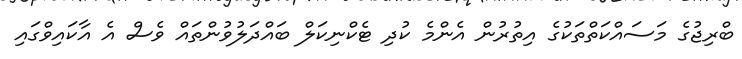
ބްރިޖުގެ މަސައްކަތްތަކުގެ އިތުރުން އެންމެ ކުދި ޓެކްނިކަލް ބައްދަލުވުންތައް ވެސް އެ އާކައިވްގައި